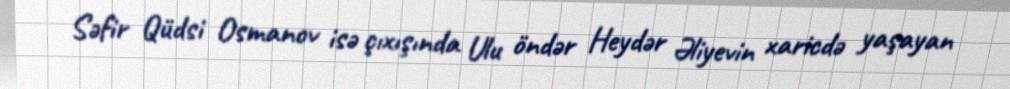
Səfir Qüdsi Osmanov isə çıxışında Ulu öndər Heydər Əliyevin xaricdə yaşayan